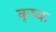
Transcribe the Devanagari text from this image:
कृष्क